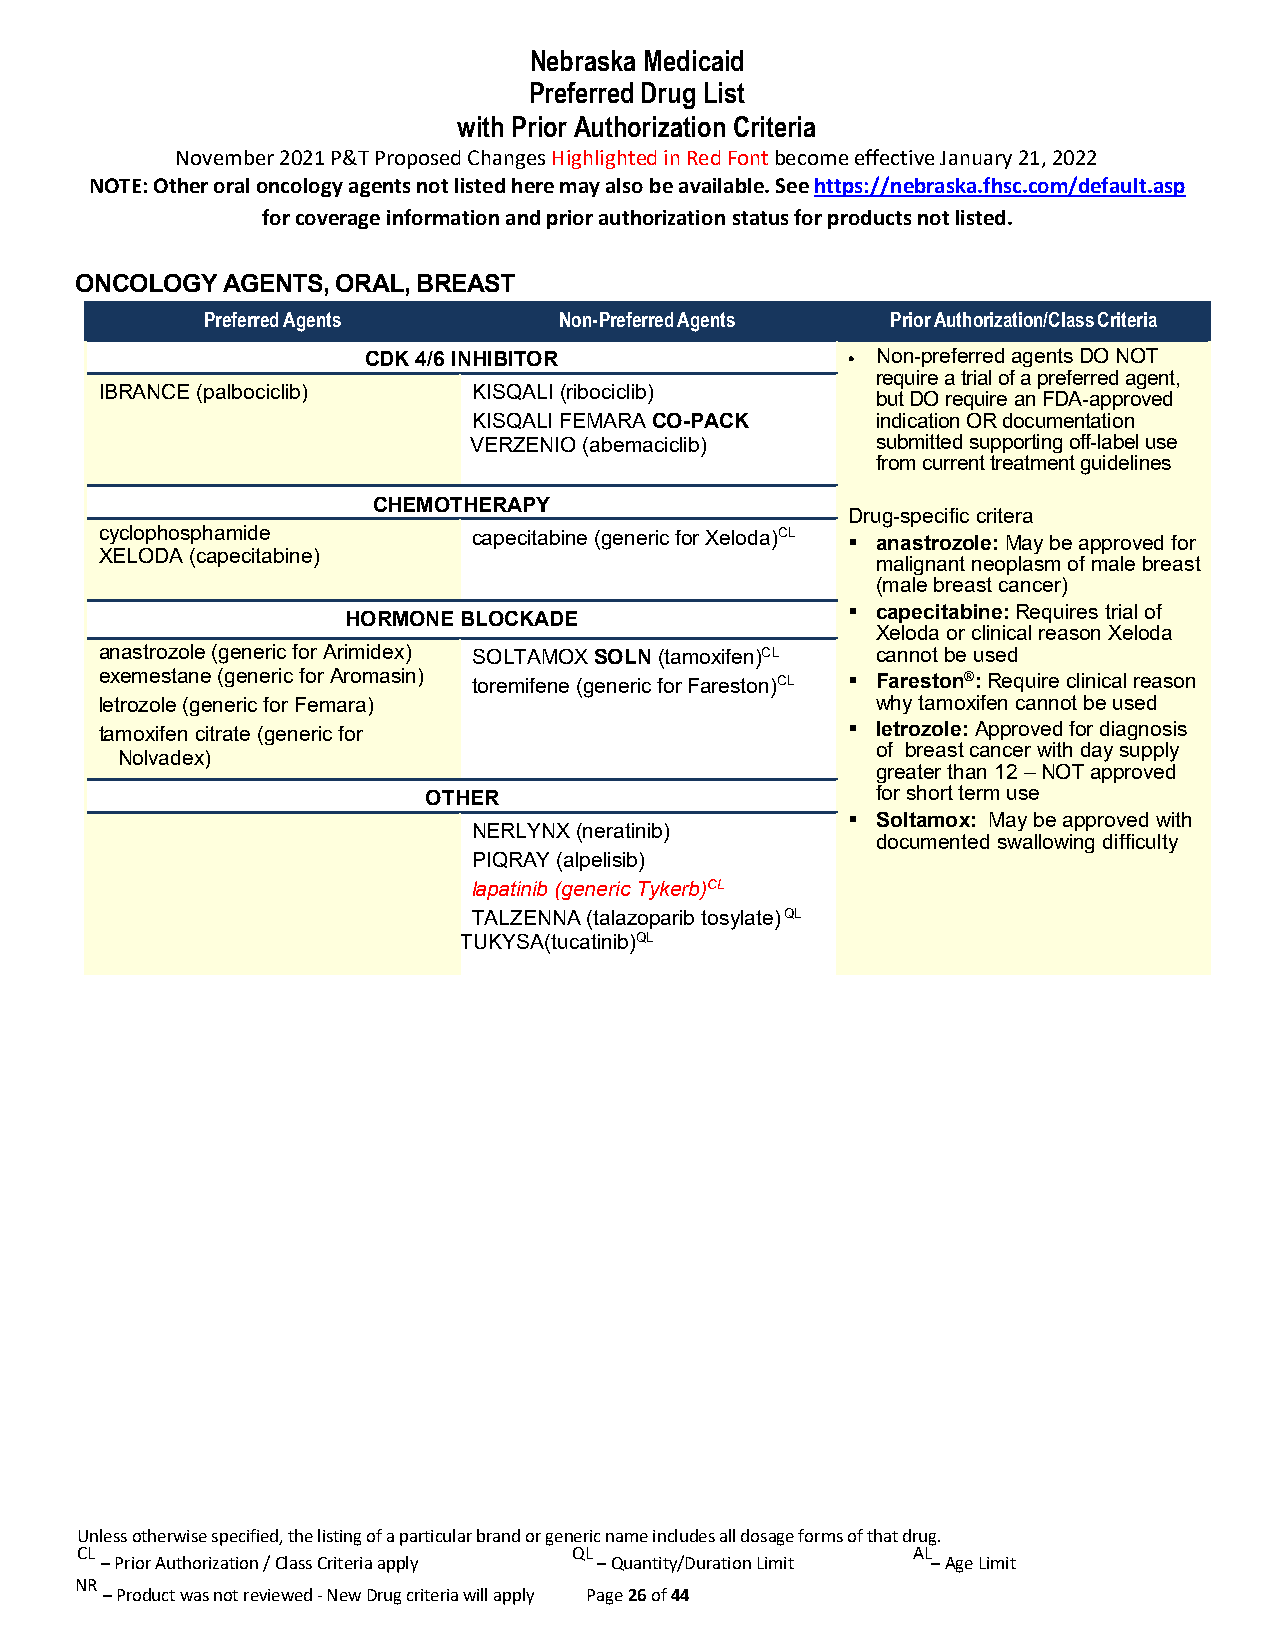
Nebraska Medicaid
 Preferred Drug List
 with Prior Authorization Criteria
 November 2021 P&T Proposed Changes Highlighted in Red Font become effective January 21, 2022
 NOTE: Other oral oncology agents not listed here may also be available. See https://nebraska.fhsc.com/default.asp
 for coverage information and prior authorization status for products not listed.
 ONCOLOGY  AGENTS, ORAL, BREAST
 Preferred Agents        Non-Preferred Agents  Prior Authorization/Class Criteria
 CDK 4/6 INHIBITOR               • Non-preferred agents DO NOT
 require a trial of a preferred agent,
 IBRANCE (palbociclib)   KISQALI (ribociclib)
 but DO require an FDA-approved
 KISQALI FEMARA CO-PACK     indication OR documentation
 VERZENIO (abemaciclib)     submitted supporting off-label use
 from current treatment guidelines
 CHEMOTHERAPY
 Drug-specific critera
 cyclophosphamide        capecitabine (generic for Xeloda)CL  anastrozole: May be approved for
 XELODA (capecitabine)
 malignant neoplasm of male breast
 (male breast cancer)
  capecitabine: Requires trial of
 HORMONE BLOCKADE
 Xeloda or clinical reason Xeloda
 anastrozole (generic for Arimidex) SOLTAMOX SOLN (tamoxifen)CL cannot be used
 exemestane (generic for Aromasin) toremifene (generic for Fareston)CL  Fareston®: Require clinical reason
 letrozole (generic for Femara)                     why tamoxifen cannot be used
 tamoxifen citrate (generic for                    letrozole: Approved for diagnosis
 of breast cancer with day supply
 Nolvadex)
 greater than 12 – NOT approved
 OTHER                         for short term use
  Soltamox: May be approved with
 NERLYNX (neratinib)
 documented swallowing difficulty
 PIQRAY (alpelisib)
 lapatinib (generic Tykerb)CL
 TALZENNA (talazoparib tosylate) QL
 TUKYSA(tucatinib)QL
 Unless otherwise specified, the listing of a particular brand or generic name includes all dosage forms of that drug.
 CL                               QL                    AL
 – Prior Authorization / Class Criteria apply – Quantity/Duration Limit – Age Limit
 NR
 – Product was not reviewed - New Drug criteria will apply Page 26 of 44